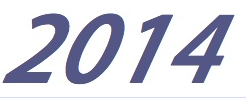
2014